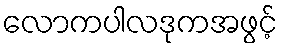
လောကပါလဒုကအဖွင့်